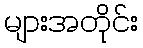
များအတိုင်း